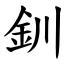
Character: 釧